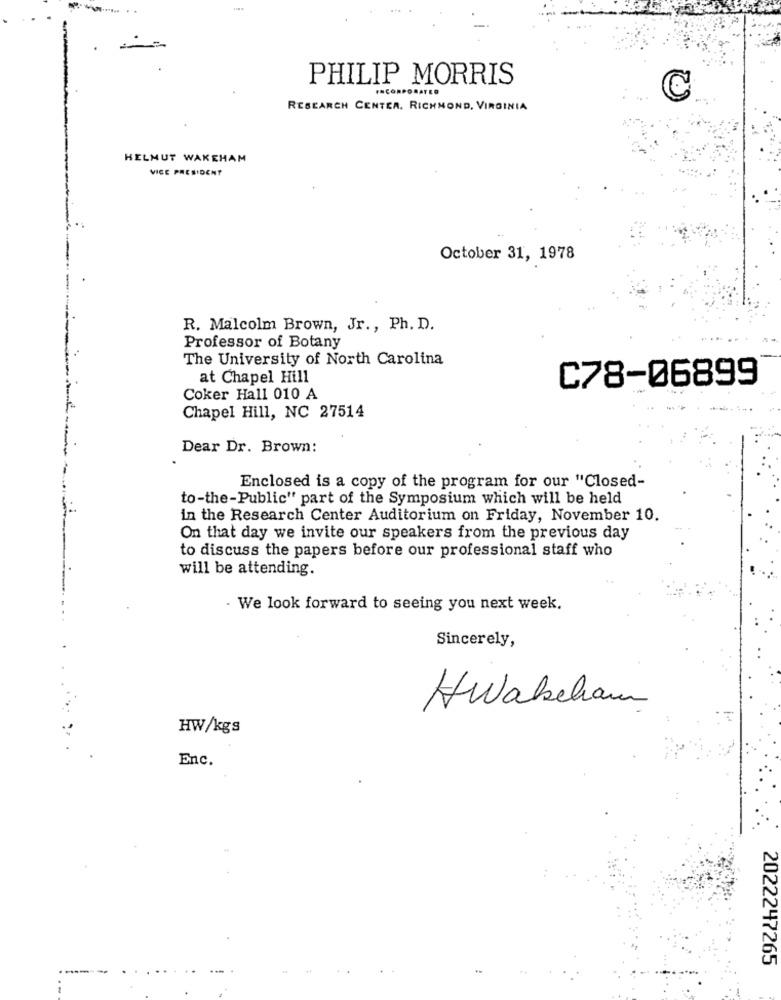
-
PHILIP MORRIS
INCORPORATED
RESEARCH CENTER, RICHMOND, VIRGINIA
HELMUT WAKEHAM
VICE PRESIDENT
October 31, 1978
R. Malcolm Brown, Jr ., Ph. D.
Professor of Botany
The University of North Carolina
at Chapel Hill
C78-06899
Coker Hall 010 A
Chapel Hill, NC 27514
Dear Dr. Brown:
Enclosed is a copy of the program for our "Closed-
to-the-Public" part of the Symposium which will be held
in the Research Center Auditorium on Friday, November 10.
On that day we invite our speakers from the previous day
to discuss the papers before our professional staff who
will be attending.
- We look forward to seeing you next week.
Sincerely,
Hwabeham
HW/kgs
Enc.
2022247265
--